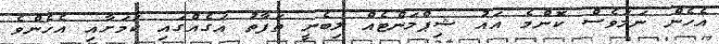
އެހެން ނަމަވެސް ކޮންމެ އައު ޝިޕްމަންޓެއް ލިބެނީ ތަފާތު އަގެއްގައި ކަމަށާއި އެހެންވެ